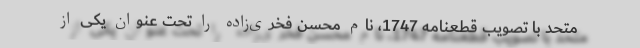
متحد با تصویب قطعنامه 1747، نام محسن فخری‌زاده را تحت عنوان یکی از